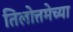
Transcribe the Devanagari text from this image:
तिलोत्तमेच्या